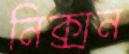
নিক্সন